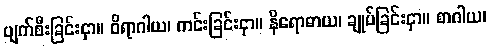
ပျက်စီးခြင်းငှာ။ ဝိရာဂါယ၊ ကင်းခြင်းငှာ။ နိရောဓာယ၊ ချုပ်ခြင်းငှာ။ စာဂါယ၊